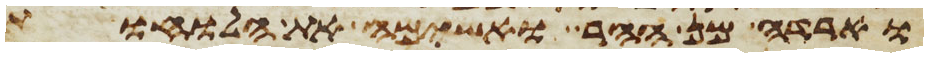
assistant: וארדה מן ההר ואשימה את הלוחות